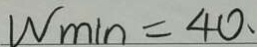
W _ { \min } = 4 0 、